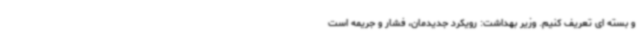
و بسته ای تعریف کنیم. وزیر بهداشت: رویکرد جدیدمان، فشار و جریمه است